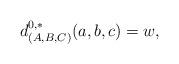
LaTeX: \begin{align*}d^{0,*}_{(A,B,C)}(a,b,c)=w,\end{align*}